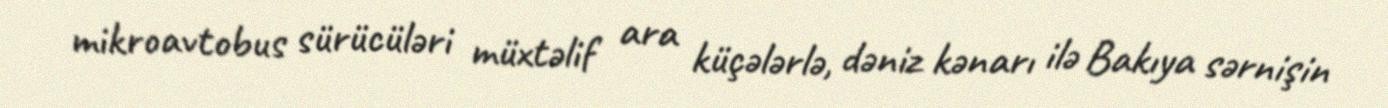
mikroavtobus sürücüləri müxtəlif ara küçələrlə, dəniz kənarı ilə Bakıya sərnişin